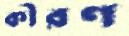
কীরণ